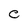
Character: C